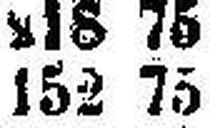
152 75